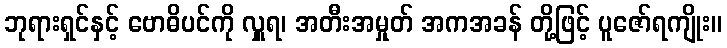
ဘုရားရှင်နှင့် ဗောဓိပင်ကို လှူရ၊ အတီးအမှုတ် အကအခန် တို့ဖြင့် ပူဇော်ရကျိုး။